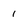
Character: 1